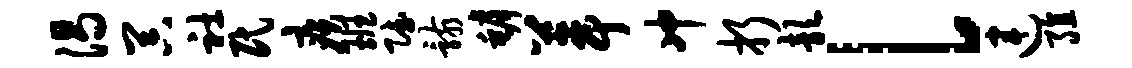
渴器社民疾班赋骸罅葺冲折歆l连殖